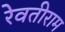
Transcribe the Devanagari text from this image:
रेवतीराम